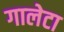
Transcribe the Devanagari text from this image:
गालेटा